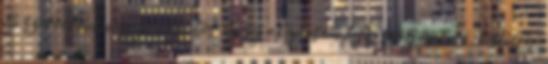
De szerintem nagyon fontos, hogy alaposan felkészüljünk rá, testileg,